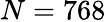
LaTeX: N=768